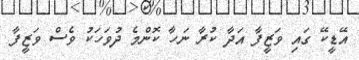
އޭޑީކޭ ގައި ވަޒީފާ އަދާ ކުރާ ނަހާ ކޮންމެ ދުވަހަކު ވެސް ވަޒީފާ